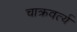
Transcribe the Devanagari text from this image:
चाक्रवर्त्य